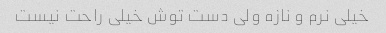
خیلی نرم و نازه ولی دست توش خیلی راحت نیست